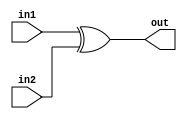
/*
    CS/ECE 552 Spring '23
    Homework #1, Problem 2

    2 input XOR
*/
`default_nettype none
module xor2 (out,in1,in2);
    output wire out;
    input wire in1,in2;
    assign out = in1 ^ in2;
endmodule
`default_nettype none